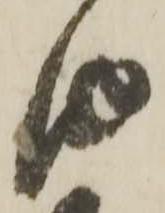
由